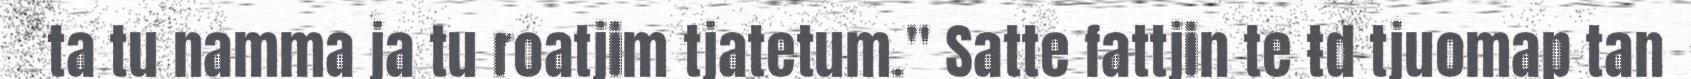
ta tu namma ja tu roatjim tjatetum." Satte fattjin te ŧd tjuomap tan